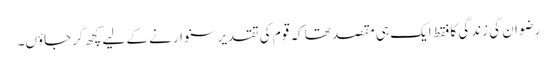
رضوان کی زندگی کا فقط ایک ہی مقصد تھا کہ قوم کی تقدیر سنوارنے کے لیے کچھ کر جاؤں۔